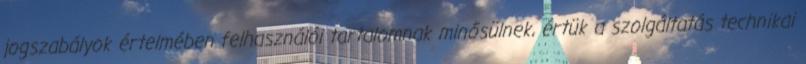
jogszabályok értelmében felhasználói tartalomnak minősülnek, értük a szolgáltatás technikai